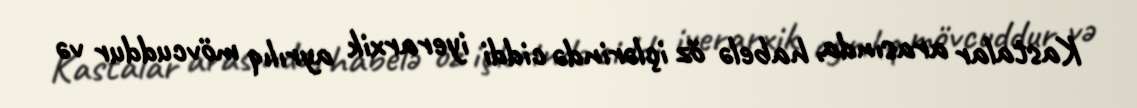
Kastalar arasında, habelə öz içlərində ciddi iyerarxik ayrılıq mövcuddur və